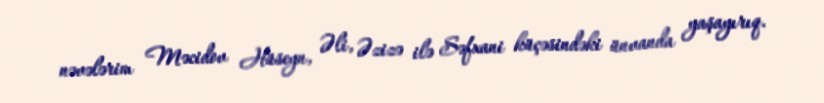
nəvələrim Məcidov Hüseyn, Əli, Əzizə ilə Səfxani küçəsindəki ünvanda yaşayırıq.